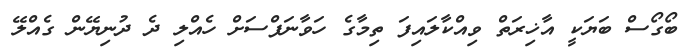
ބޯގޯސް ބަޔަކީ އާޚިރަތް ވިއްކާލައިފަ ތިމާގެ ހަވާނަފްސަށް ހެއްލި ދެ ދުނިޔޭން ގެއްލޭ